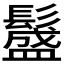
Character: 𩯎